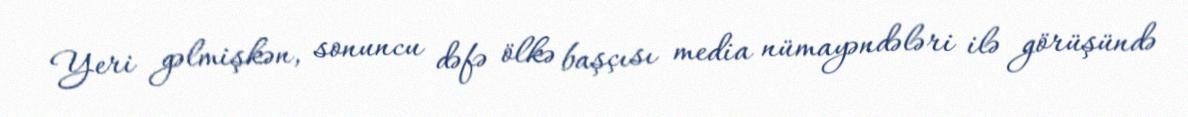
Yeri gəlmişkən, sonuncu dəfə ölkə başçısı media nümayəndələri ilə görüşündə